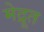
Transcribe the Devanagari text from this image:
मेद्रूत